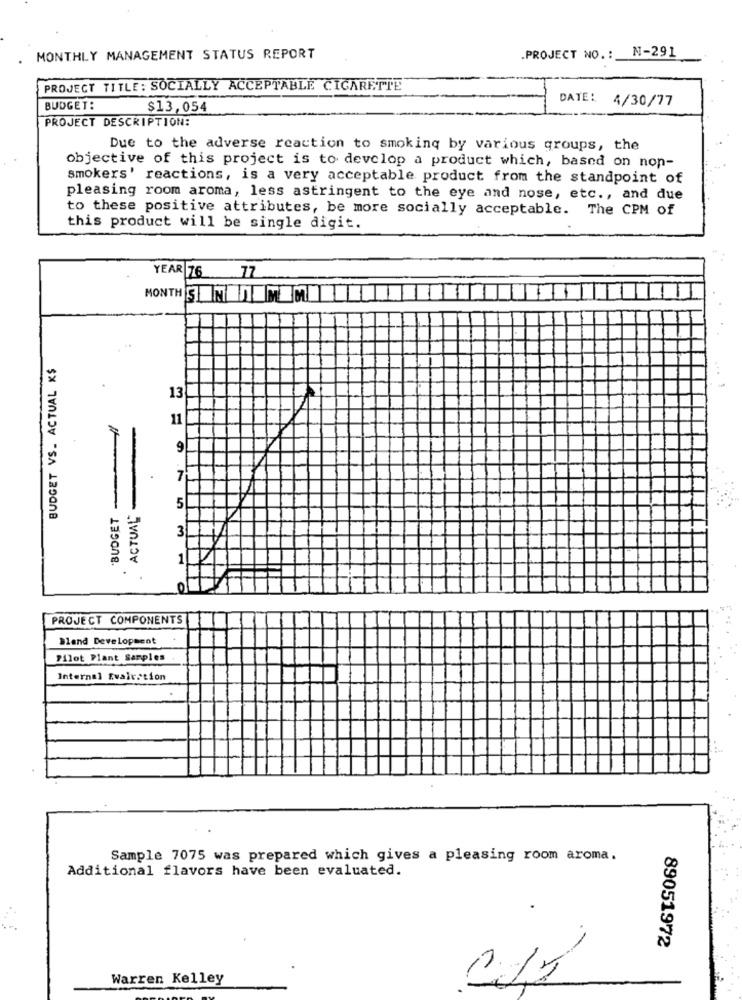
N-291
MONTHLY MANAGEMENT STATUS REPORT
PROJECT NO. :
PROJECT TITLE: SOCIALLY ACCEPTABLE CIGARETTE
DATE:
4/30/77
BUDGET:
$13,054
PROJECT DESCRIPTION:
Due to the adverse reaction to smoking by various groups, the
objective of this project is to develop a product which, based on non-
smokers' reactions, is a very acceptable product from the standpoint of
pleasing room aroma, less astringent to the eye and nose, etc ., and due
to these positive attributes, be more socially acceptable. The CPM of
this product will be single digit.
YEAR 76 77
MONTH SENEREMEMLE
BUDGET VS. ACTUAL K$
...
13
11
9
7
"BUDGET
ACTUAL
5
3
1
M -
PROJECT COMPONENTS
Bland Development
Pilot Plant Samples
Internal Evaication
Sample 7075 was prepared which gives a pleasing room aroma.
Additional flavors have been evaluated.
89051972
Warren Kelley